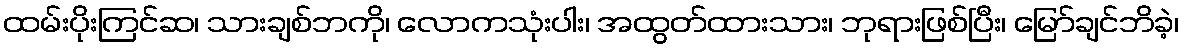
ထမ်းပိုးကြင်ဆ၊ သားချစ်ဘကို၊ လောကသုံးပါး၊ အထွတ်ထားသား၊ ဘုရားဖြစ်ပြီး၊ မြော်ချင်ဘိခဲ့၊